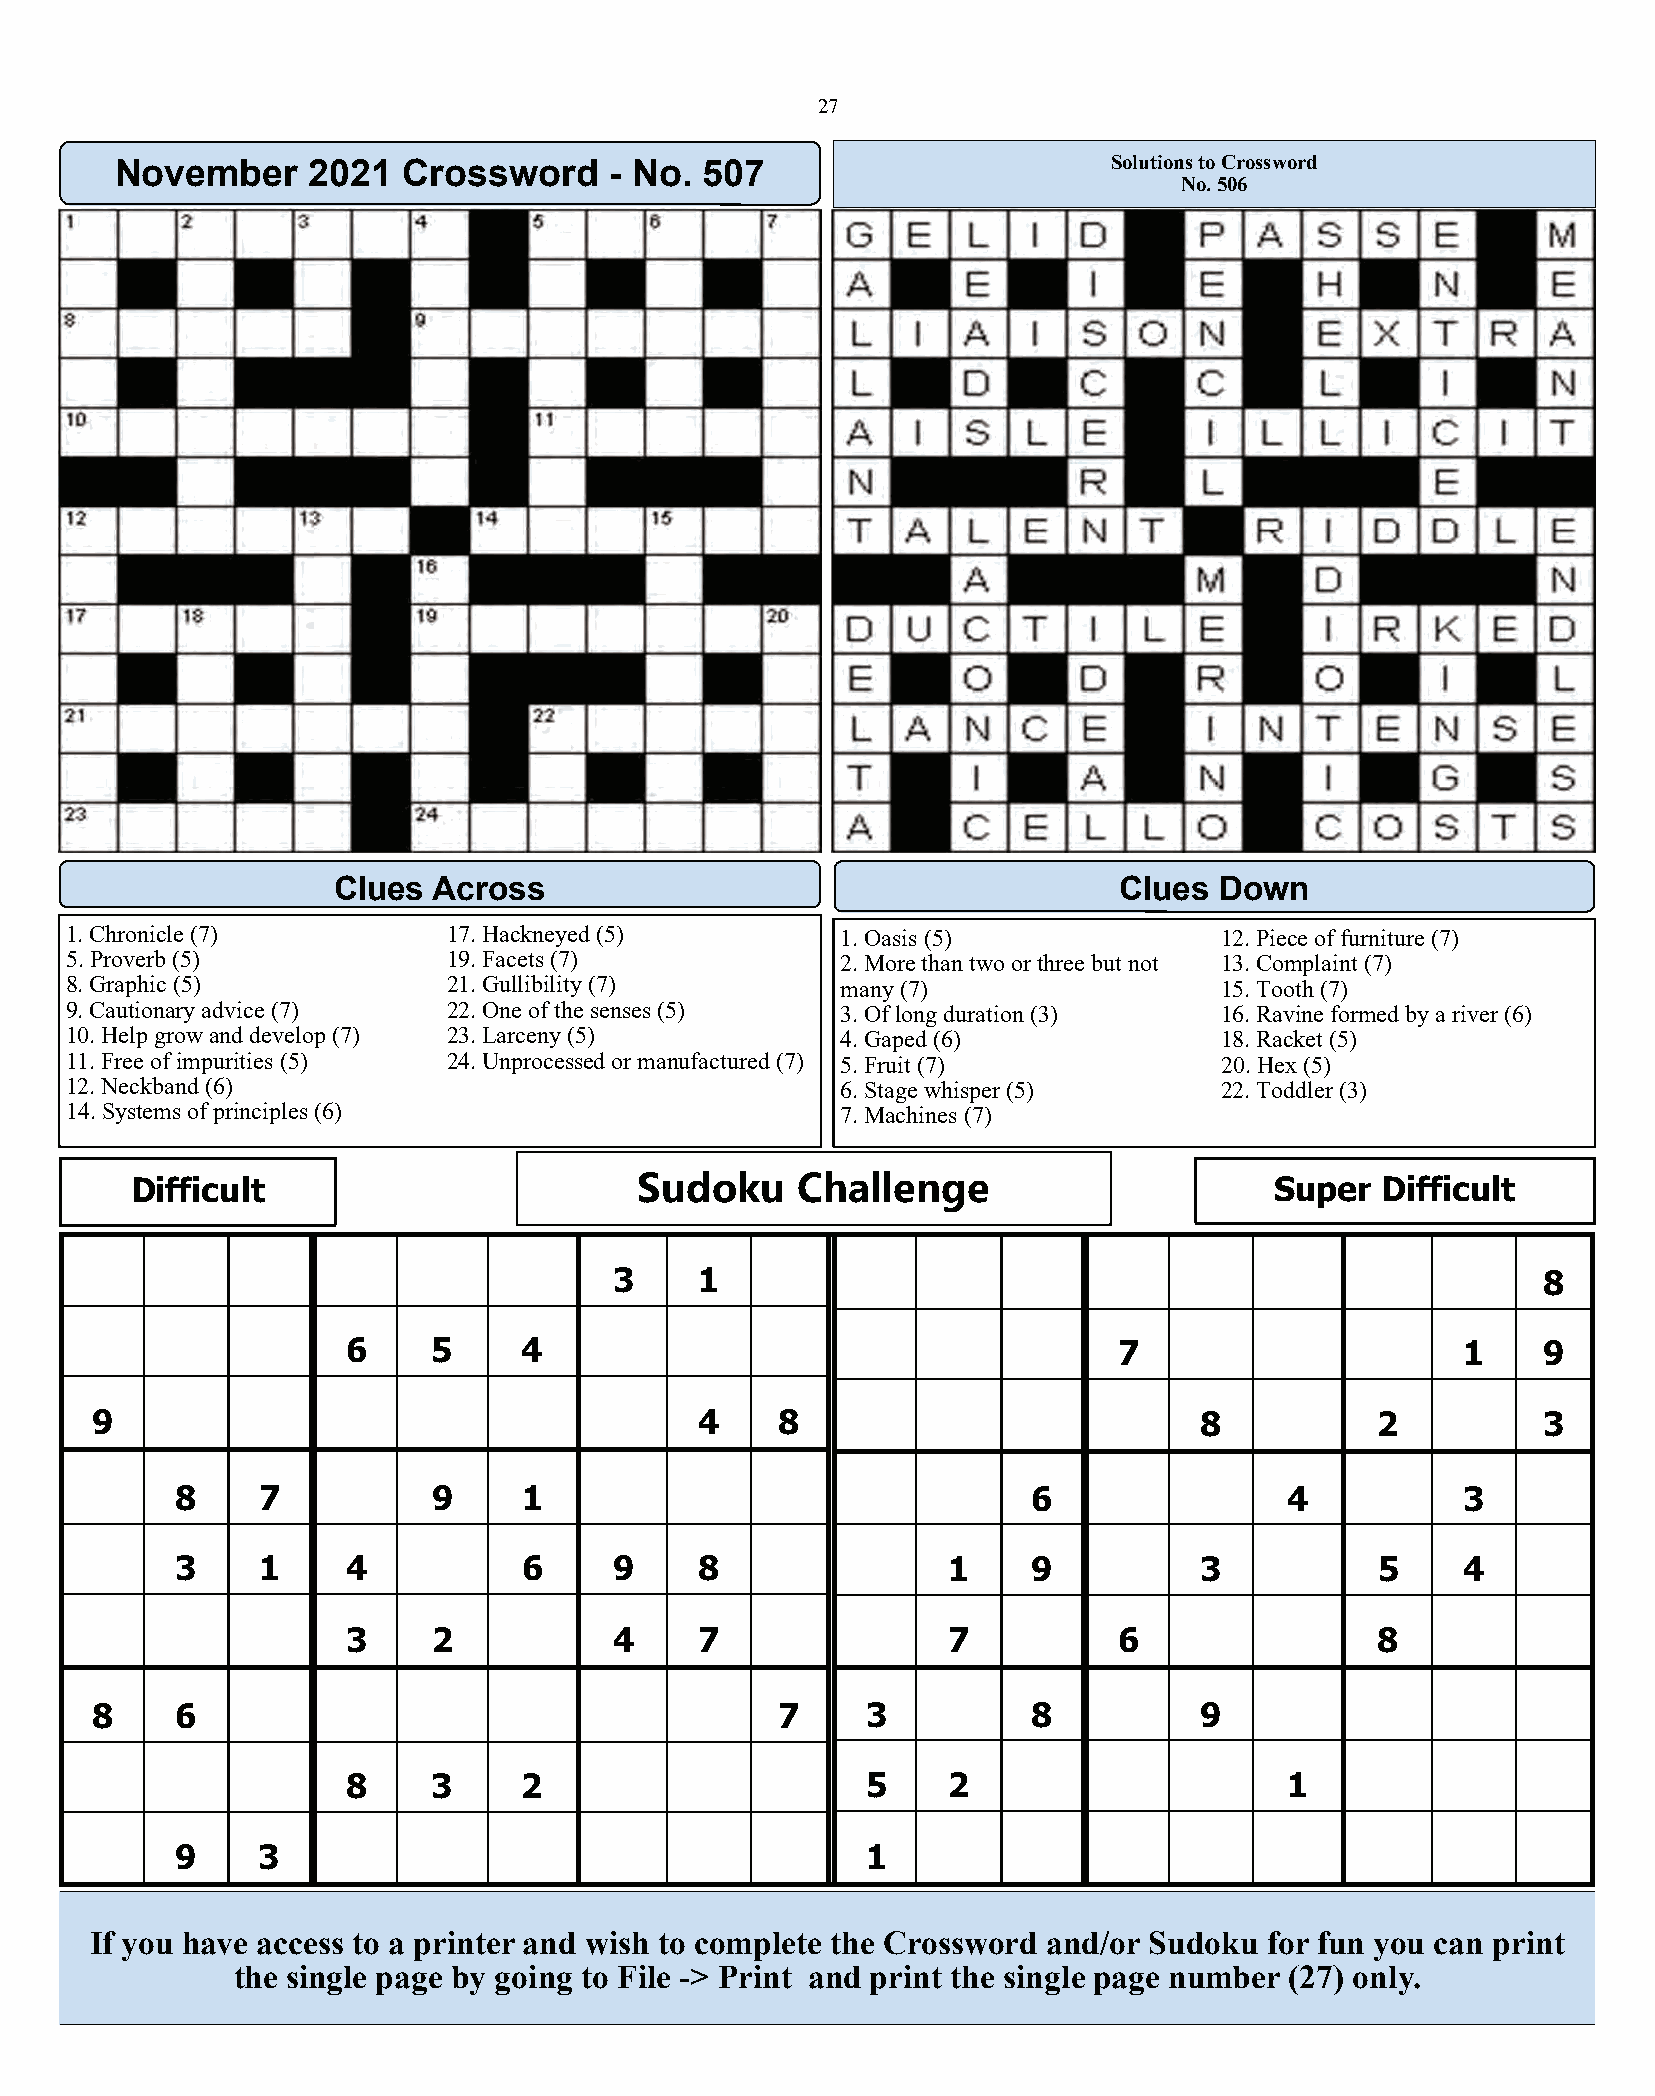
27
 November    2021   Crossword    - No.  507                       Solutions to Crossword
 No. 506
 Clues  Across                                       Clues  Down
 1. Chronicle (7)          17. Hackneyed (5)         1. Oasis (5)             12. Piece of furniture (7)
 5. Proverb (5)            19. Facets (7)            2. More than two or three but not 13. Complaint (7)
 8. Graphic (5)            21. Gullibility (7)       many (7)                 15. Tooth (7)
 9. Cautionary advice (7)  22. One of the senses (5) 3. Of long duration (3)  16. Ravine formed by a river (6)
 10. Help grow and develop (7) 23. Larceny (5)       4. Gaped (6)             18. Racket (5)
 11. Free of impurities (5) 24. Unprocessed or manufactured (7) 5. Fruit (7)  20. Hex (5)
 12. Neckband (6)                                    6. Stage whisper (5)     22. Toddler (3)
 14. Systems of principles (6)                       7. Machines (7)
 Difficult                        Sudoku     Challenge                      Super  Difficult
 3    1                                                       8
 6     5     4                                      7                      1    9
 9                                       4     8                          8           2          3
 8    7           9     1                                6                4           3
 3    1     4           6     9    8                1    9          3           5     4
 3     2           4    7                7          6                8
 8     6                                       7    3          8          9
 8     3     2                     5     2                     1
 9    3                                       1
 If you have access to a printer and wish to complete the Crossword and/or Sudoku for fun you can print
 the single page by going to File -> Print and print the single page number (27) only.